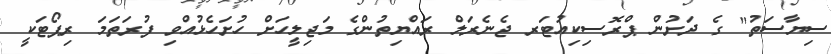
ސިޔާސަތު" ގެ ދަށުން ޕްރޮސިކިއުޓަރ ޖެނެރަލް ރައްޔިތުންގެ މަޖިލީހަށް ހުށަހެޅުއްވި ފުރަތަމަ ރިޕޯޓަކީ